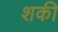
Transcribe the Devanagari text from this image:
शकी